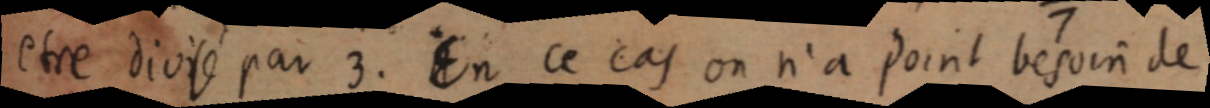
etre divisé par 3. En ce cas on n’a point besoin de